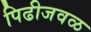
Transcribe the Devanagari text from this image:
पिढीजवळ